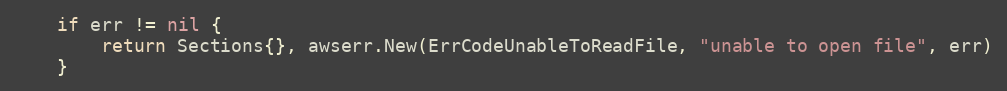
Language: Go
	if err != nil {
		return Sections{}, awserr.New(ErrCodeUnableToReadFile, "unable to open file", err)
	}